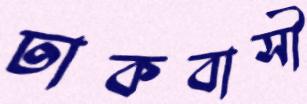
ঢাকবাসী